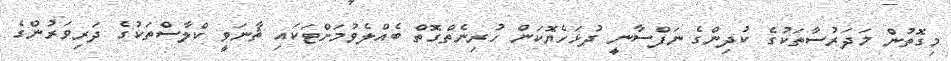
މިގޮތުން މަދަރުސާތަކުގެ ކުދިންގެ ނަފްސާނީ ދުޅަހެޔޮކަން ހުރިނެތްގޮތް ބެއްލެވުމަށްޓަކައި ޘާނަވީ ކްލާސްތަކުގެ ދަރިވަރުންގެ